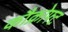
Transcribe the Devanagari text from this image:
कौक्रोफ्ट